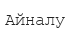
Айналу